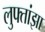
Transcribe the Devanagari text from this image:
लुफ्तांझा